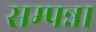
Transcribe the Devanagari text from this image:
सम्पन्ना